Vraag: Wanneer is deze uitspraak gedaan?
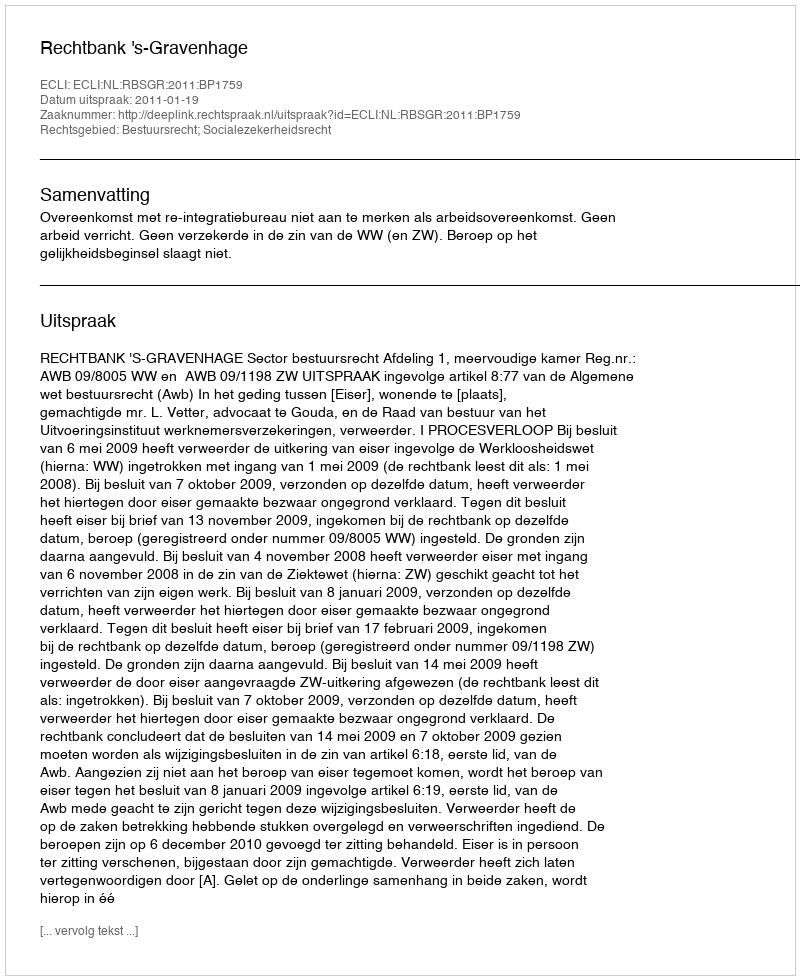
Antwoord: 2011-01-19